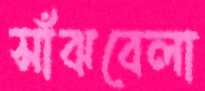
সাঁঝবেলা